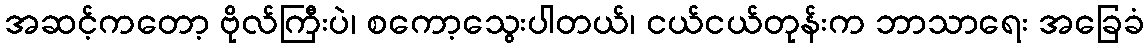
အဆင့်ကတော့ ဗိုလ်ကြီးပဲ၊ စကော့သွေးပါတယ်၊ ငယ်ငယ်တုန်းက ဘာသာရေး အခြေခံ